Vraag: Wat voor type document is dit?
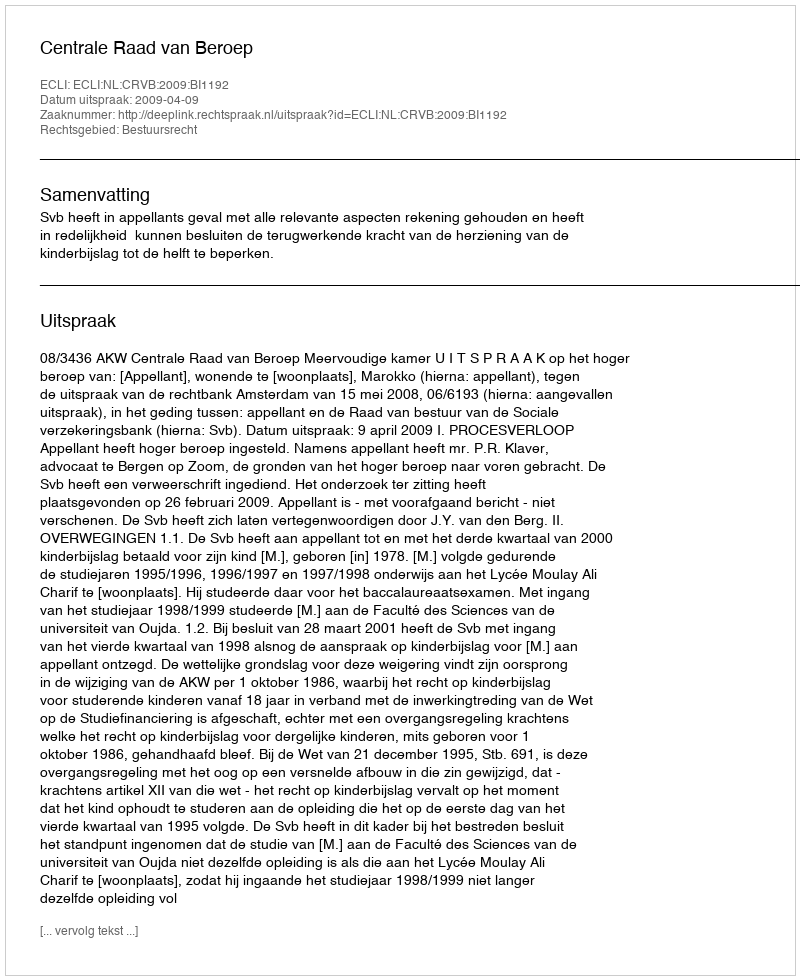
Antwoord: Uitspraak